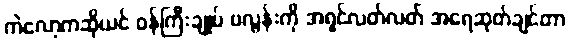
ကဲလော့ကဆိုယင် ဝန်ကြီးချုပ် ဗလွန်းကို အရှင်လတ်လတ် အရေဆုတ်ချင်တာ